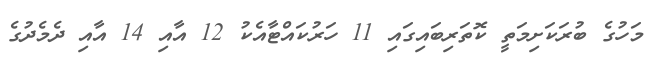
މަހުގެ ބުރަކަށިމަތީ ކޮތަރިބައިގައި 11 ހަރުކައްޓާއެކު 12 އާއި 14 އާއި ދެމެދުގެ